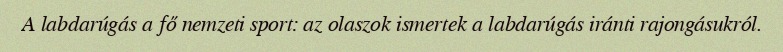
A labdarúgás a fő nemzeti sport: az olaszok ismertek a labdarúgás iránti rajongásukról.